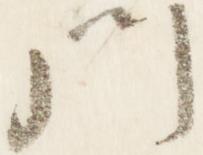
門